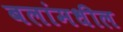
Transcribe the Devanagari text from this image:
बलांमधील